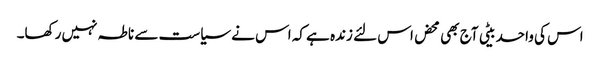
اس کی واحد بیٹی آج بھی محض اس لئے زندہ ہے کہ اس نے سیاست سے ناطہ نہیں رکھا۔